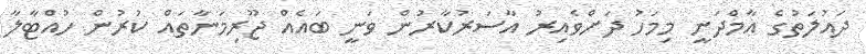
ދައުލަތުގެ އާމްދަނީ މިމަހު ދަށްވެއިރު އާސަރުކާރުން ވަނީ ބައެއް ޖޫރިމަނާތައް ކުރުން ހުއްޓާލާ